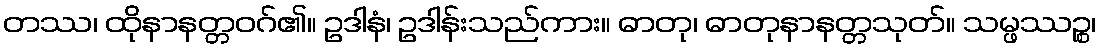
တဿ၊ ထိုနာနတ္တဝဂ်၏။ ဥဒါနံ၊ ဥဒါန်းသည်ကား။ ဓာတု၊ ဓာတုနာနတ္တသုတ်။ သမ္ဖဿဉ္စ၊